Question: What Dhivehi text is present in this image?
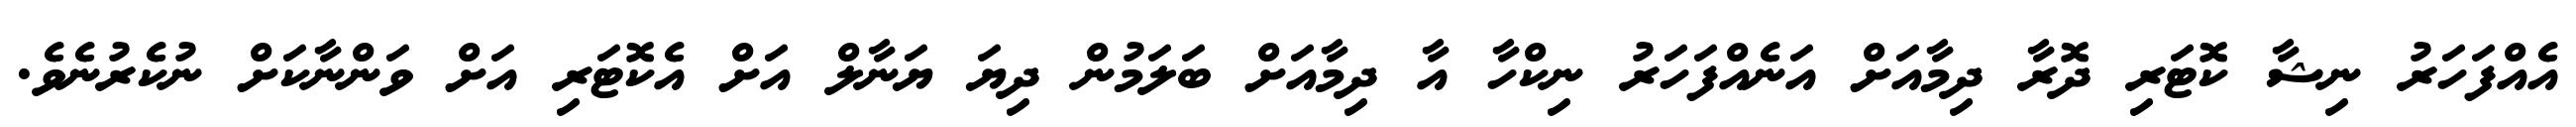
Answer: އެއްފަހަރު ނިޝާ ކޮޓަރި ދޮރާ ދިމާއަށް އަނެއްފަހަރު ނިކްހާ އާ ދިމާއަށް ބަލަމުން ދިޔަ ޔަނާލް އަށް އެކޮޓަރި އަށް ވަންނާކަށް ނުކެރުނެވެ.